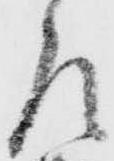
左